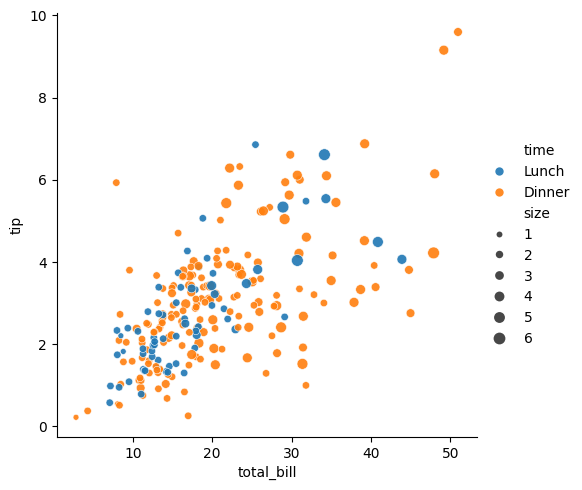
python, seaborn, relplot, alpha=0.9